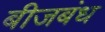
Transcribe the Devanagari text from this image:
बीजबंध